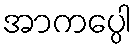
အာကပ္ပေါ